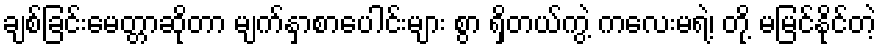
ချစ်ခြင်းမေတ္တာဆိုတာ မျက်နှာစာပေါင်းများ စွာ ရှိတယ်ကွဲ့ ကလေးမရဲ့၊ တို့ မမြင်နိုင်တဲ့